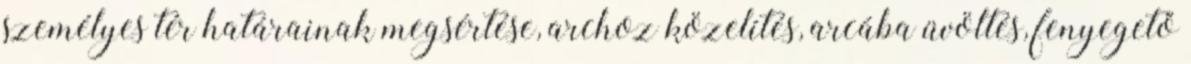
személyes tér határainak megsértése, archoz közelítés, arcába üvöltés, fenyegető